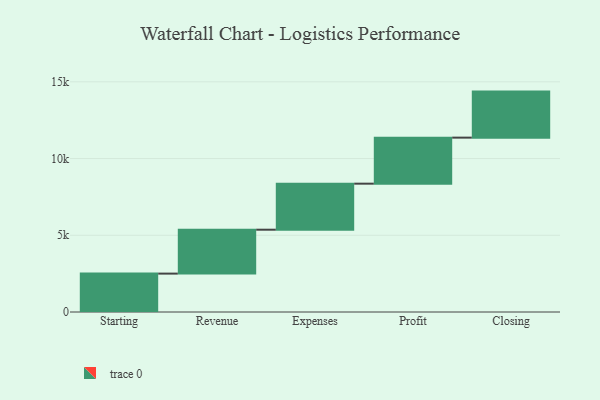
{"axis": {"x": "Step", "y": "Value"}, "legend": [""], "data": [{"x": "Starting", "y": 2502.0, "type": ""}, {"x": "Revenue", "y": 2861.0, "type": ""}, {"x": "Expenses", "y": 3000, "type": ""}, {"x": "Profit", "y": 3000, "type": ""}, {"x": "Closing", "y": 3000, "type": ""}]}